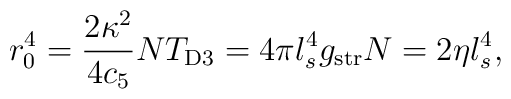
r_0^4=\frac{2\kappa^2}{4c_5}NT_{\rm D3}=4\pi l_s^4g_{\rm str}N=2\eta l_s^4,